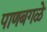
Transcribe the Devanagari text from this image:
पाणबगळे